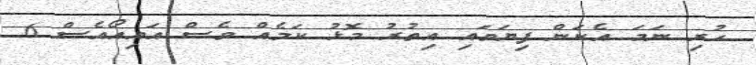
ހުރި ނަމަ އެކަން ފިޔަވައި އިތުރު މޮޅު ކަމެއް ވެސް އައިއޯއެސް 6